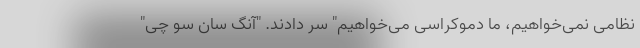
نظامی نمی‌خواهیم، ما دموکراسی می‌خواهیم" سر دادند. "آنگ سان سو چی"